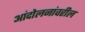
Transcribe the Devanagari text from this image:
आंदोलनांवरील